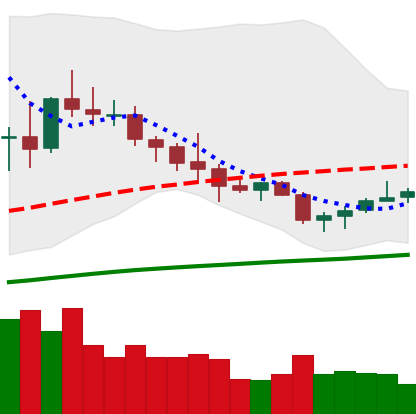
Ticker: NEO-USD
Chart end date: 2020-10-11
Forward return: -4.651%
Label: down_3_5